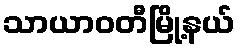
သာယာဝတီမြို့နယ်